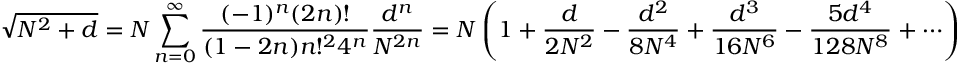
{ \sqrt { N ^ { 2 } + d } } = N \sum _ { n = 0 } ^ { \infty } { \frac { ( - 1 ) ^ { n } ( 2 n ) ! } { ( 1 - 2 n ) n ! ^ { 2 } 4 ^ { n } } } { \frac { d ^ { n } } { N ^ { 2 n } } } = N \left( 1 + { \frac { d } { 2 N ^ { 2 } } } - { \frac { d ^ { 2 } } { 8 N ^ { 4 } } } + { \frac { d ^ { 3 } } { 1 6 N ^ { 6 } } } - { \frac { 5 d ^ { 4 } } { 1 2 8 N ^ { 8 } } } + \cdots \right)